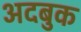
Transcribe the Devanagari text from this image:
अदबुक